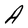
Character: A